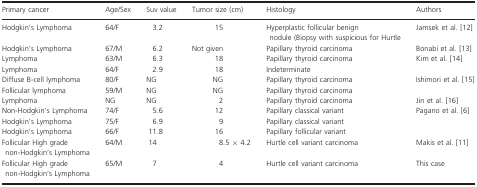
<table><thead><tr><td><b>Primary cancer</b></td><td><b>Age/Sex</b></td><td><b>Suv value</b></td><td><b>Tumor size (cm)</b></td><td><b>Histology</b></td><td><b>Authors</b></td></tr></thead><tbody><tr><td>Hodgkin&#x27;s Lymphoma</td><td>64/F</td><td>3.2</td><td>15</td><td>Hyperplastic follicular benign nodule (Biopsy with suspicious for Hurtle</td><td>Jamsek et al. 12</td></tr><tr><td>Hodgkin&#x27;s Lymphoma</td><td>67/M</td><td>6.2</td><td>Not given</td><td>Papillary thyroid carcinoma</td><td>Bonabi et al. 13</td></tr><tr><td>Lymphoma</td><td>63/M</td><td>6.3</td><td>18</td><td>Papillary thyroid carcinoma</td><td>Kim et al. 14</td></tr><tr><td>Lymphoma</td><td>64/F</td><td>2.9</td><td>18</td><td>Indeterminate</td><td></td></tr><tr><td>Diffuse B‐cell lymphoma</td><td>80/F</td><td>NG</td><td>NG</td><td>Papillary thyroid carcinoma</td><td>Ishimori et al. 15</td></tr><tr><td>Follicular lymphoma</td><td>59/M</td><td>NG</td><td>NG</td><td>Papillary thyroid carcinoma</td><td></td></tr><tr><td>Lymphoma</td><td>NG</td><td>NG</td><td>2</td><td>Papillary thyroid carcinoma</td><td>Jin et al. 16</td></tr><tr><td>Non‐Hodgkin&#x27;s Lymphoma</td><td>74/F</td><td>5.6</td><td>12</td><td>Papillary classical variant</td><td>Pagano et al. 6</td></tr><tr><td>Hodgkin&#x27;s Lymphoma</td><td>75/F</td><td>6.9</td><td>9</td><td>Papillary classical variant</td><td></td></tr><tr><td>Hodgkin&#x27;s Lymphoma</td><td>66/F</td><td>11.8</td><td>16</td><td>Papillary follicular variant</td><td></td></tr><tr><td>Follicular High grade non‐Hodgkin&#x27;s Lymphoma</td><td>64/M</td><td>14</td><td>8.5 × 4.2</td><td>Hurtle cell variant carcinoma</td><td>Makis et al. 11</td></tr><tr><td>Follicular High grade non‐Hodgkin&#x27;s Lymphoma</td><td>65/M</td><td>7</td><td>4</td><td>Hurtle cell variant carcinoma</td><td>This case</td></tr></tbody></table>